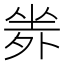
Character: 𡎦